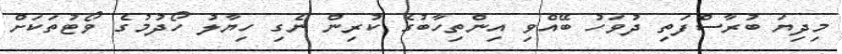
މިދިޔަ ބުރާސްފަތި ދުވަހު ބޭއްވި އިންތިހާބުގެ ކުރިން ނެގި ހިޔާލު ހޯދުމުގެ ވޯޓުތަކަށް